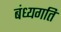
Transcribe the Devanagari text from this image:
बंध्यगति